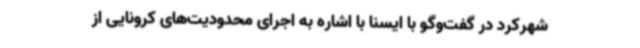
شهرکرد در گفت‌وگو با ایسنا با اشاره به اجرای محدودیت‌های کرونایی از